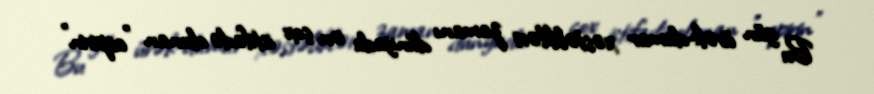
Bu gün ürək-damar xəstəlikləri zamanı dünyada ən çox istifadə olunan "aspirin"